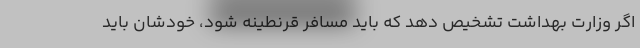
اگر وزارت بهداشت تشخیص دهد که باید مسافر قرنطینه شود، خودشان باید